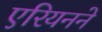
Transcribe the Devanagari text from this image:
एरियनने